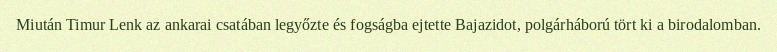
Miután Timur Lenk az ankarai csatában legyőzte és fogságba ejtette Bajazidot, polgárháború tört ki a birodalomban.